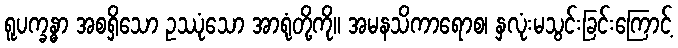
ရူပက္ခန္ဓာ အစရှိသော ဥဿုံသော အာရုံတို့ကို။ အမနသိကာရောစ၊ နှလုံးမသွင်းခြင်းကြောင့်